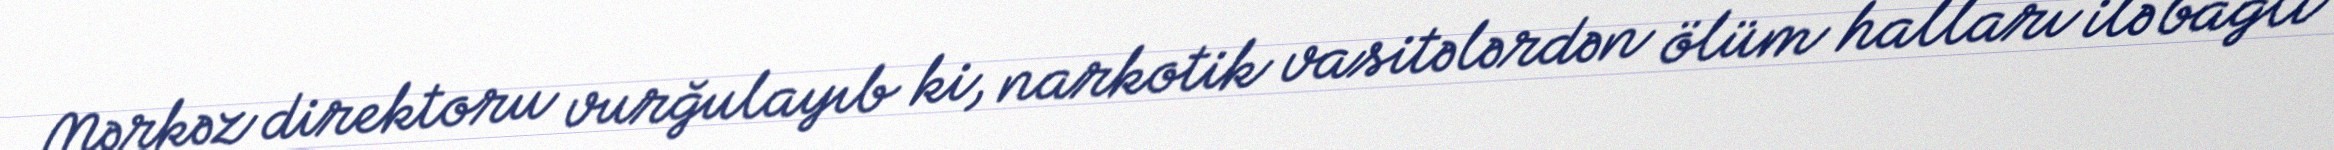
Mərkəz direktoru vurğulayıb ki, narkotik vasitələrdən ölüm halları ilə bağlı